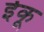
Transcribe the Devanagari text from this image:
ईकू